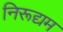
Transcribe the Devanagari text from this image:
निरूद्यम